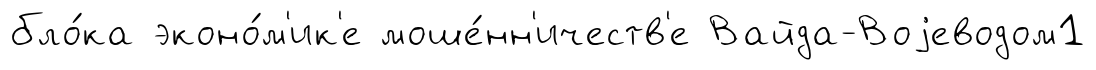
бло́ка эконо́м'ик'е моше́нн'ичеств'е Вайда-Воjеводом1